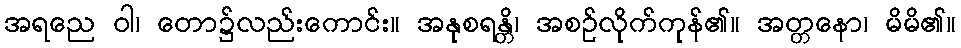
အရညေ ဝါ၊ တော၌လည်းကောင်း။ အနုစရန္တိ၊ အစဉ်လိုက်ကုန်၏။ အတ္တနော၊ မိမိ၏။